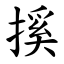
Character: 㨙